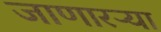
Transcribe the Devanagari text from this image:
जाणारऱ्या